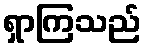
ရှာကြသည်